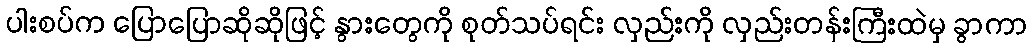
ပါးစပ်က ပြောပြောဆိုဆိုဖြင့် နွားတွေကို စုတ်သပ်ရင်း လှည်းကို လှည်းတန်းကြီးထဲမှ ခွာကာ